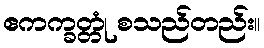
ဧကက္ခတ္တုံ စသည်တည်း။